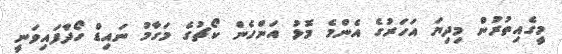
މީގެއިތުރުން މިދިޔަ އަހަރުގެ އެންމެ މޮޅު އަންހެން ކޯޗުގެ މަގާމު ނައިޑް ހޯދާފައިވަނީ